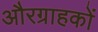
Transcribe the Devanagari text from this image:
औरग्राहकों